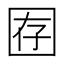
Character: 𫭇